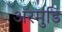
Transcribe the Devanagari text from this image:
अरमुडि